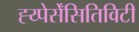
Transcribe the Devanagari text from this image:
ह्य्पेर्सेंसितिविटी